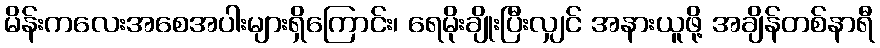
မိန်းကလေးအစေအပါးများရှိကြောင်း၊ ရေမိုးချိုးပြီးလျှင် အနားယူဖို့ အချိန်တစ်နာရီ